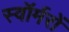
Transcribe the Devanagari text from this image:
स्वॉर्मरों